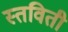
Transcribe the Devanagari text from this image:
स्तविती